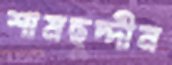
শামছুদ্দীন